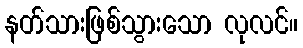
နတ်သားဖြစ်သွားသော လုလင်။